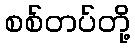
စစ်တပ်တို့